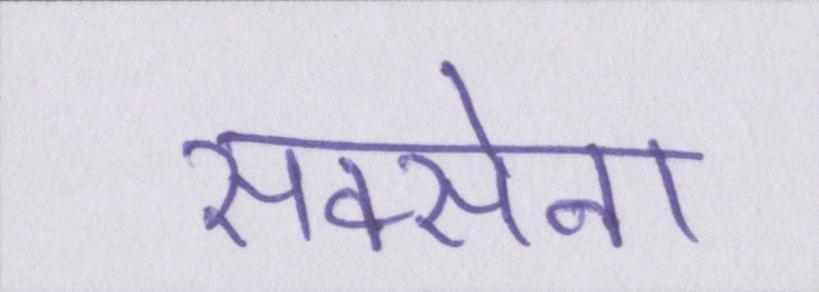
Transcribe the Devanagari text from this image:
सक्सेना